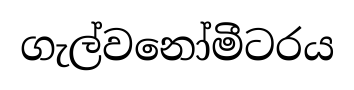
ගැල්වනෝමීටරය